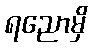
ရညောမှိ